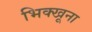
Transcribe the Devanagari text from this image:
भिक्खूना